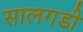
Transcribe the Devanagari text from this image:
सालगडी